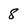
Character: 8